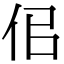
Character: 佀